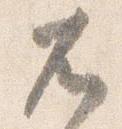
兀